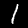
Label: 1